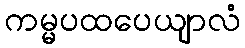
ကမ္မပထပေယျာလံ